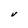
Character: V